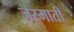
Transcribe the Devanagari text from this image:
जस्माती